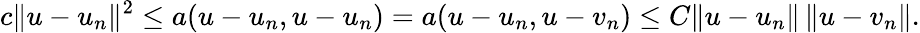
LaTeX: c\| u-u_{n}\| ^{2}\leq a(u-u_{n},u-u_{n})=a(u-u_{n},u-v_{n})\leq C\| u-u_{n}\| \, \| u-v_{n}\| .